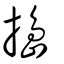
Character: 搗